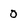
Character: 0